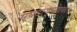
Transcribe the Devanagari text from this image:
संप्रदायपोषकों